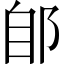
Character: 郋